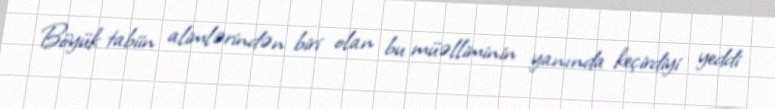
Böyük tabiin alimlərindən biri olan bu müəlliminin yanında keçirdiyi yeddi